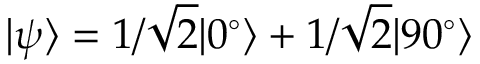
| \psi \rangle = 1 / \sqrt { 2 } | 0 ^ { \circ } \rangle + 1 / \sqrt { 2 } | 9 0 ^ { \circ } \rangle